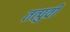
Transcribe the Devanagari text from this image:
तत्‍पुर्वी